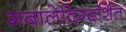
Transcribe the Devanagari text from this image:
गबालेदिग्दर्शित